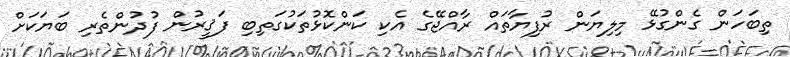
ތިބަހަން ގެންގުޅޭ މިލިޔަން ރުފިޔާތައް ރާއްޖޭގެ އެކި ކަންކޮޅުތަކުގަތިބި ފަޤީރުން ފުދުންތެރި ބަޔަކަށް